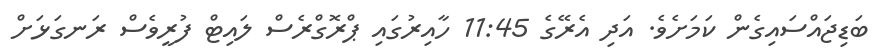
ބަޑިޖައްސައިގެން ކަމަށެވެ. އަދި އެރޭގެ 11:45 ހާއިރުގައި ޕްރޮގްރެސް ލައިޓް ފުރީވެސް ރަނގަޅަށް